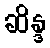
ဆိန္ဒ